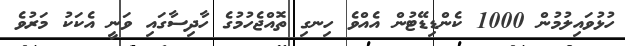
ހުޅުވައިލުމުން 1000 ކެންޑިޑޭޓުން އެއްވެ ހިނގި ތޮއްޖެހުމުގެ ހާދިސާގައި ވަނީ އެކަކު މަރުވެ